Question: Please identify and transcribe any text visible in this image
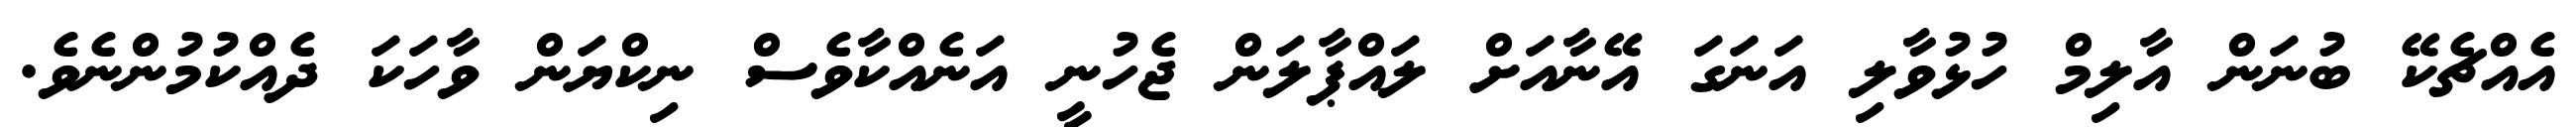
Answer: އެއްޗެކޭ ބުނަން އާލިމް ހުޅުވާލި އަނަގަ އޭނާއަށް ލައްޕާލަން ޖެހުނީ އަނެއްކާވެސް ނިކްޔަން ވާހަކަ ދެއްކުމުންނެވެ.